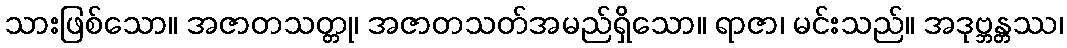
သားဖြစ်သော။ အဇာတသတ္တု၊ အဇာတသတ်အမည်ရှိသော။ ရာဇာ၊ မင်းသည်။ အဒုဗ္ဘန္တဿ၊